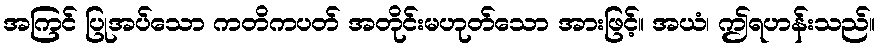
အကြင် ပြုအပ်သော ကတိကပတ် အတိုင်းမဟုတ်သော အားဖြင့်။ အယံ၊ ဤရဟန်းသည်။